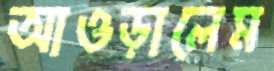
আওড়ালেম